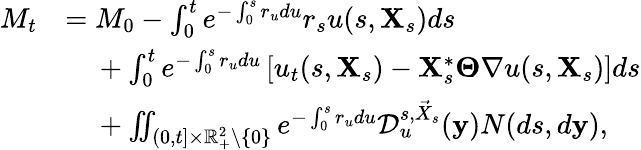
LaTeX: \begin{array}{rl}{M_{t}}&{=M_{0}-\int_{0}^{t}e^{-\int_{0}^{s}r_{u}du}r_{s}u(s,\mathbf{X}_{s})ds}\\ &{\ \ \ \ +\int_{0}^{t}e^{-\int_{0}^{s}r_{u}du}\left[u_{t}(s,\mathbf{X}_{s})-\mathbf{X}_{s}^{*}\mathbf{\Theta}\nabla u(s,\mathbf{X}_{s})\right]ds}\\ &{\ \ \ \ +\iint_{(0,t]\times{\mathbb R}_{+}^{2}\setminus\{ 0\} }e^{-\int_{0}^{s}r_{u}du}\mathcal{D}_{u}^{s,\vec{X}_{s}}(\mathbf{y})N(ds,d\mathbf{y}),}\end{array}